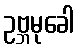
ဥဗ္ဘမုခေါ